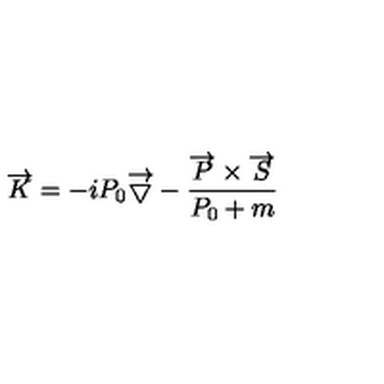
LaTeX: \overrightarrow { K } = - i P _ { 0 } \overrightarrow { \bigtriangledown } - \frac { \overrightarrow { P } \times \overrightarrow { S } } { P _ { 0 } + m }